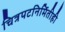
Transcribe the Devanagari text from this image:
चित्रपटनिर्मितीही